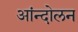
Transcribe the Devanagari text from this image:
आंन्दोलन